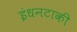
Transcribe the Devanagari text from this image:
इंधनटाकी